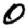
Digit: 0